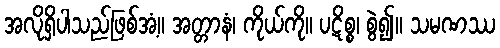
အလိုရှိပါသည်ဖြစ်အံ့။ အတ္တာနံ၊ ကိုယ်ကို။ ပဋိစ္စ၊ စွဲ၍။ သမဏဿ